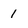
Character: 1